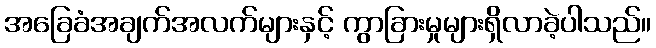
အခြေခံအချက်အလက်များနှင့် ကွာခြားမှုများရှိလာခဲ့ပါသည်။